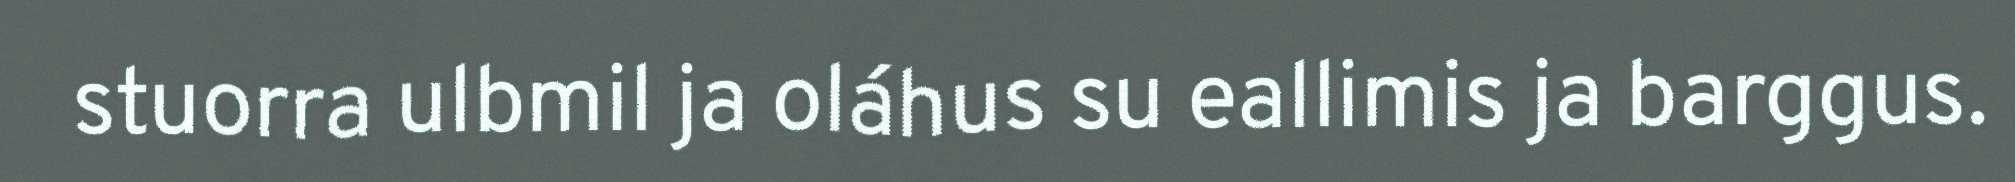
stuorra ulbmil ja oláhus su eallimis ja barggus.